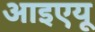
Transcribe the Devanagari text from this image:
आइएयू